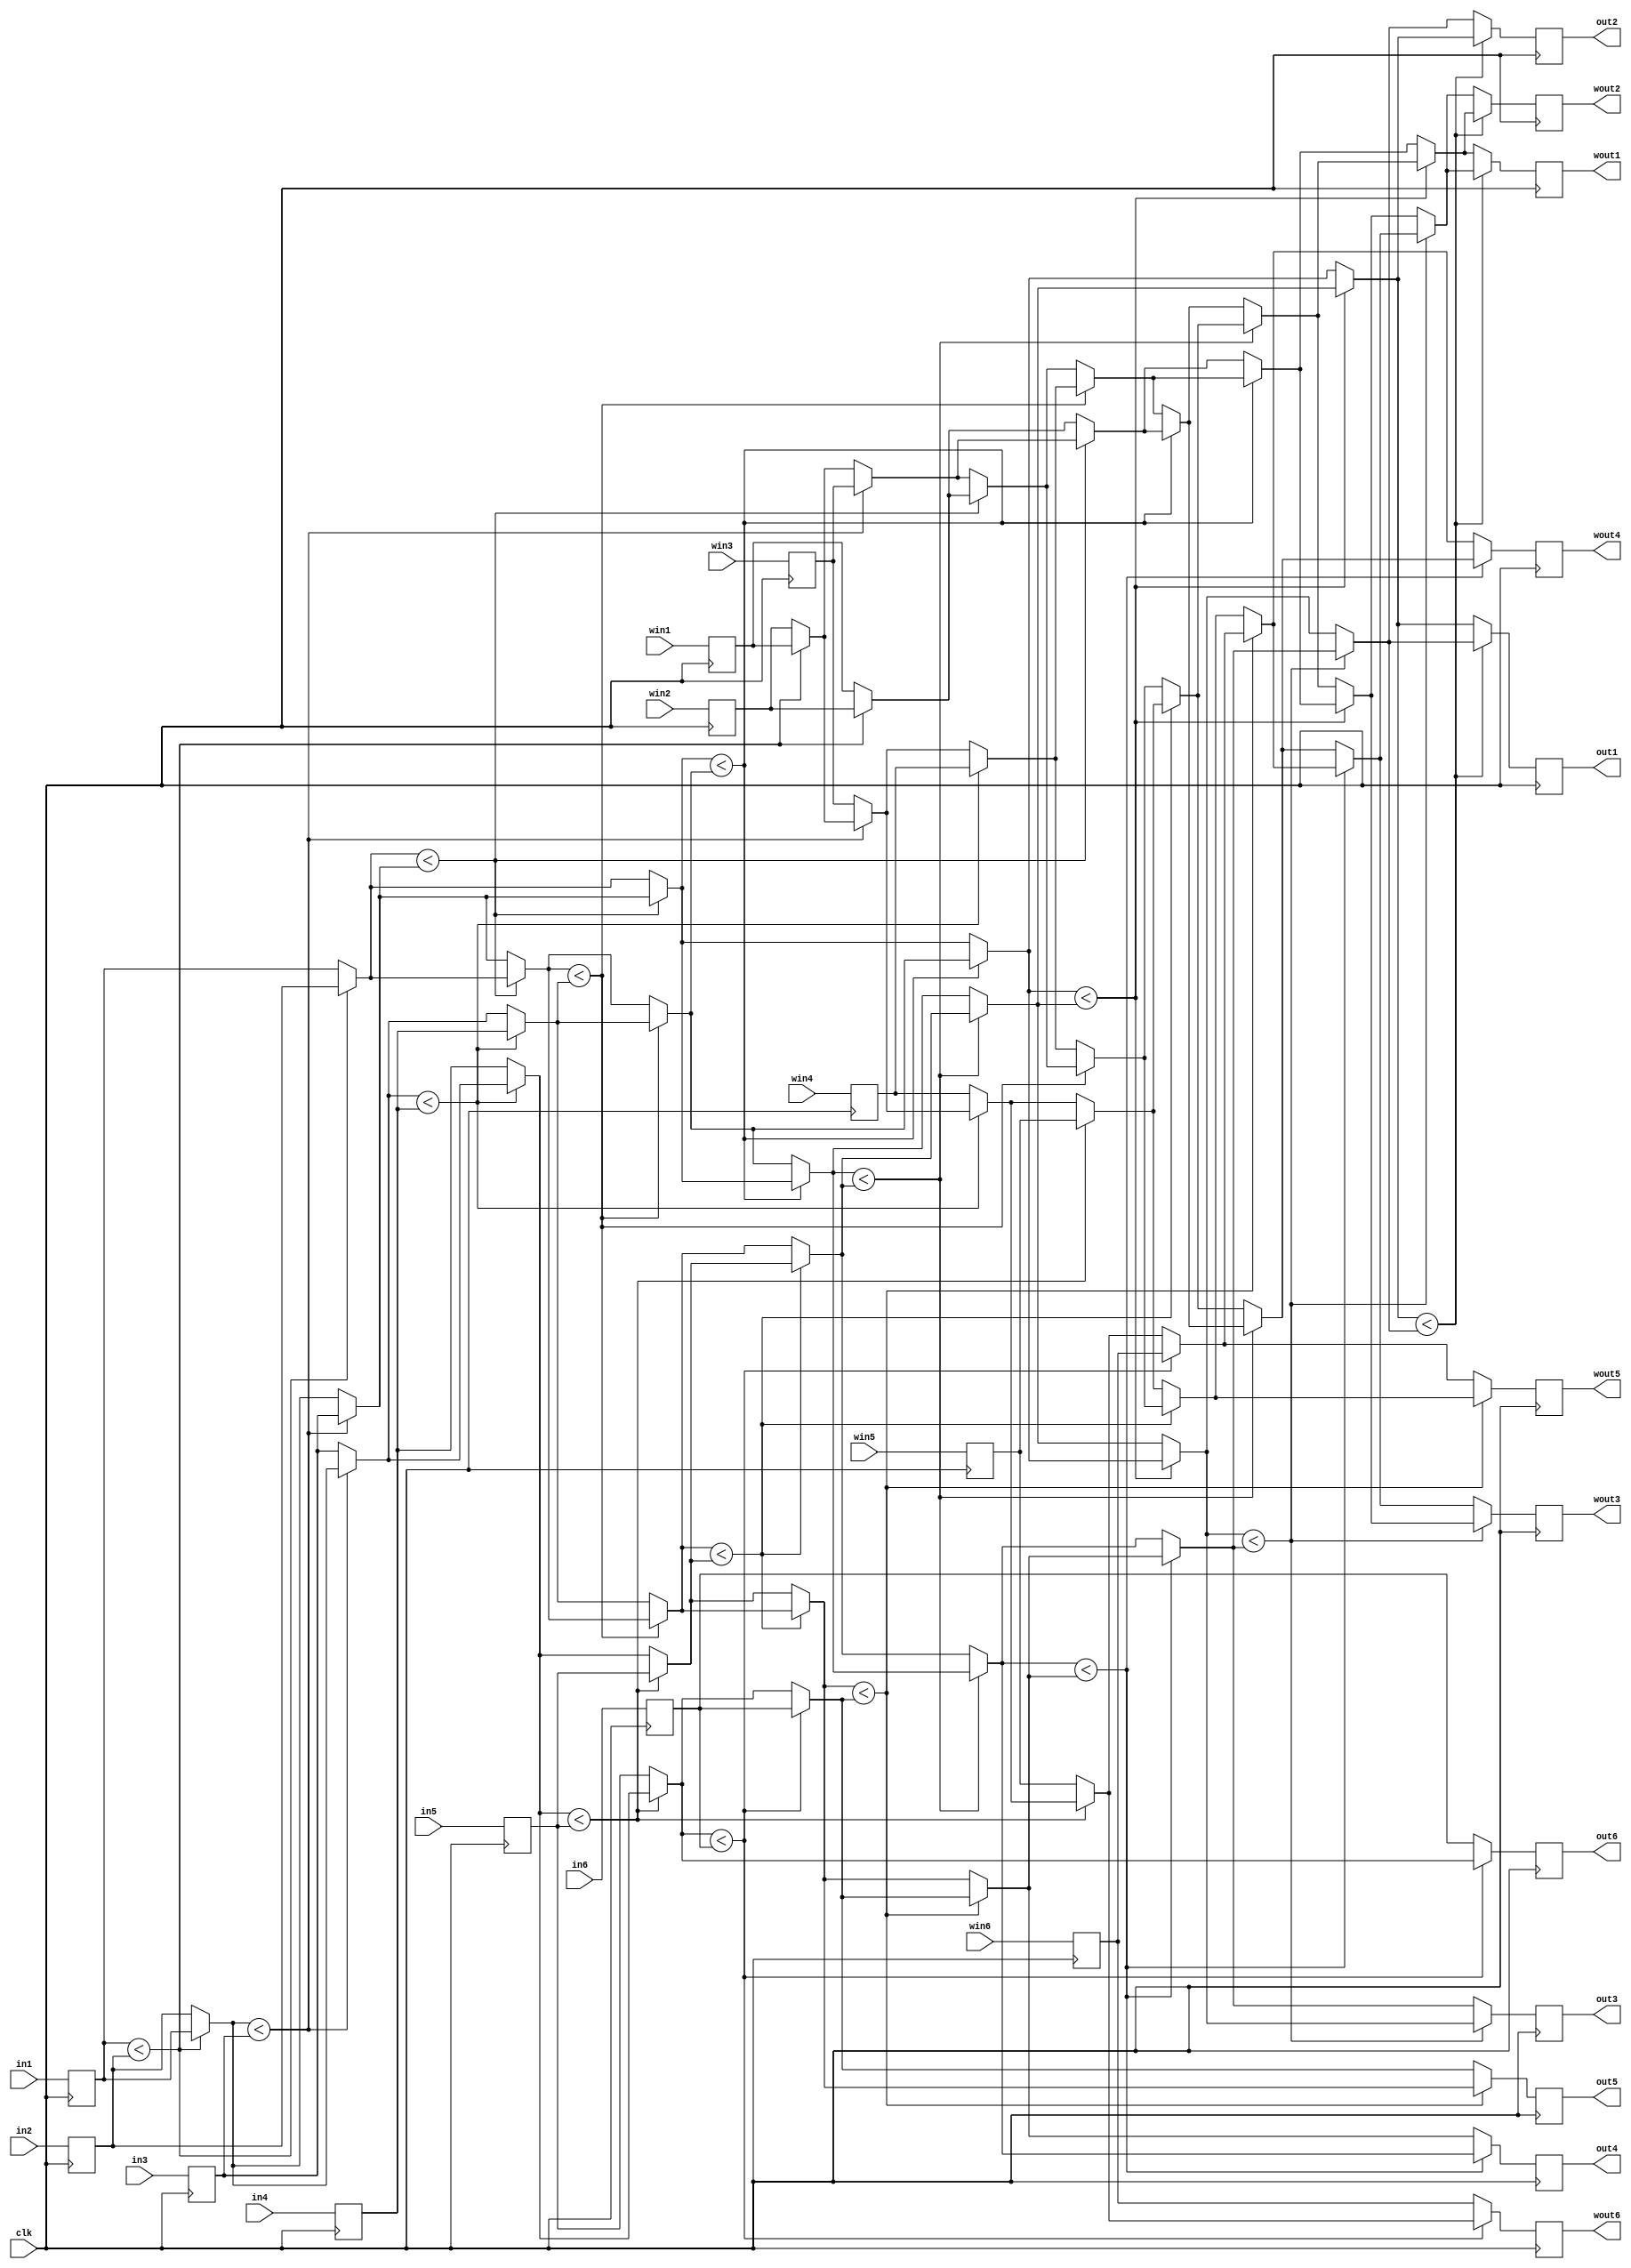
module sort (
input  wire clk,

input  wire [7:0] in1, in2, in3, in4, in5, in6,
output reg  [7:0] out1, out2, out3, out4, out5, out6,

input  wire [2:0] win1, win2, win3, win4, win5, win6,
output reg  [2:0] wout1, wout2, wout3, wout4, wout5, wout6
);

reg [7:0] dat1, dat2, dat3, dat4, dat5, dat6;
reg [2:0] wdat1, wdat2, wdat3, wdat4, wdat5, wdat6;

always @(posedge clk) begin
	dat1 <= in1;
    dat2 <= in2;
    dat3 <= in3;
    dat4 <= in4;
    dat5 <= in5;
	dat6 <= in6;
	
	wdat1 <= win1;
    wdat2 <= win2;
    wdat3 <= win3;
    wdat4 <= win4;
    wdat5 <= win5;
	wdat6 <= win6;
end

integer i, j;
reg [7:0] temp;
reg [7:0] array [1:6];
reg [2:0] warray [1:6];
reg [2:0] wtemp;

always @* begin
	array[1] = dat1;
	array[2] = dat2;
	array[3] = dat3;
	array[4] = dat4;
	array[5] = dat5;
	array[6] = dat6;
	
	warray[1] = wdat1;
	warray[2] = wdat2;
	warray[3] = wdat3;
	warray[4] = wdat4;
	warray[5] = wdat5;
	warray[6] = wdat6;

	for (i = 6; i > 0; i = i - 1) begin
		for (j = 1 ; j < i; j = j + 1) begin
			if (array[j] < array[j + 1]) begin
				temp = array[j];
				array[j] = array[j + 1];
				array[j + 1] = temp;
				
				wtemp = warray[j];
				warray[j] = warray[j + 1];
				warray[j + 1] = wtemp;
			end 
		end
	end 
end

always @(posedge clk) begin
	out1 <= array[1];
	out2 <= array[2];
	out3 <= array[3];
	out4 <= array[4];
	out5 <= array[5];
	out6 <= array[6];
	
	wout1 <= warray[1];
	wout2 <= warray[2];
	wout3 <= warray[3];
	wout4 <= warray[4];
	wout5 <= warray[5];
	wout6 <= warray[6];
end

endmodule